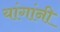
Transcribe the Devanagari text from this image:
यांगांनी